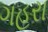
ગહરા